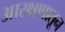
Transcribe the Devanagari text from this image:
आरक्षणातून